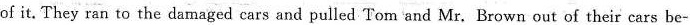
of it. They ran to the damaged cars and pulled Tom and Mr. Brown out of their cars be-